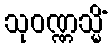
သုဝဏ္ဏသ္မိံ